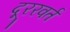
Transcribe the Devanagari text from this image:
दूररवर्त